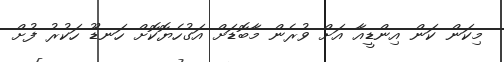
މިކަން ކަން އިންޑީއާ އަށް ވުރެން މާބޮޑަށް އަގުހެޔޮކޮށް ހަނޑޫ ހަކުރު ފުށް